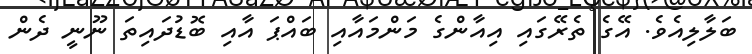
ބަލާލިއެވެ. އޭގެ ތެރޭގައި އިއާންގެ މަންމައާއި ބައްޕަ އާއި ބޮޑުދައިތަ ނޫނީ ދެން